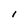
Character: l